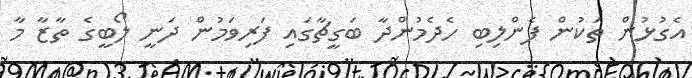
އެގުޅުން ތަކުން ފެންލިބި ހެދެމުންދާ ބަގީޗާގައި ފަރިވަމުން ދަނީ ލޯބީގެ ތާޒާ މާ